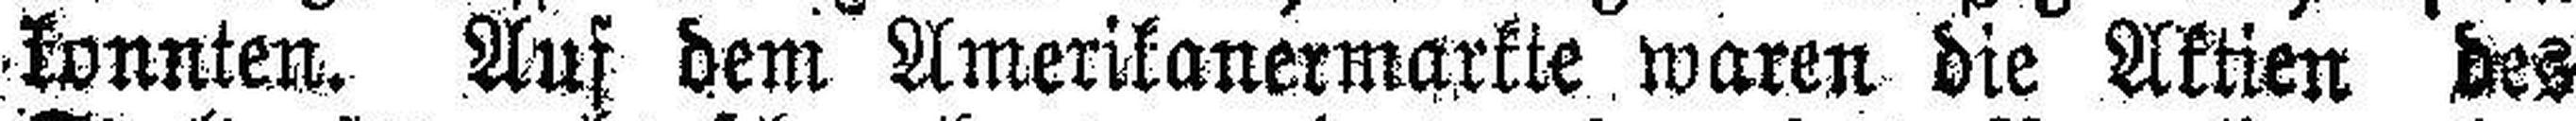
konnten. Auf dem Amerikanermarkte waren die Aktien des